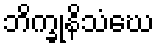
ဘိက္ခုနိသံဃေ